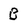
Character: B